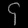
Digit: ၄